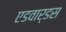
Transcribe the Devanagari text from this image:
एडवार्डस